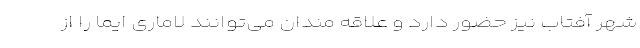
شهر آفتاب نیز حضور دارد و علاقه مندان می‌توانند لاماری ایما را از